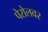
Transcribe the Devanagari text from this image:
पेरोलवर